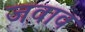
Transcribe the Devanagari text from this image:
जवाव